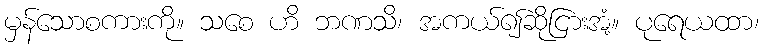
မှန်သောစကားကို။ သစေ ဟိ ဘဏသိ၊ အကယ်၍ဆိုငြားအံ့။ ပုရေယထာ၊